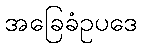
အခြေခံဥပဒေ